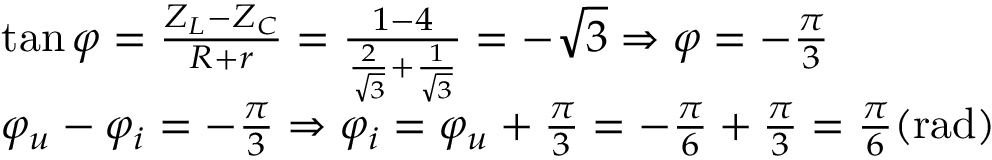
\begin{array} { r l } & { \tan \varphi = \frac { Z _ { L } - Z _ { C } } { R + r } = \frac { 1 - 4 } { \frac { 2 } { \sqrt { 3 } } + \frac { 1 } { \sqrt { 3 } } } = - \sqrt { 3 } \Rightarrow \varphi = - \frac { \pi } { 3 } } \\ & { \varphi _ { u } - \varphi _ { i } = - \frac { \pi } { 3 } \Rightarrow \varphi _ { i } = \varphi _ { u } + \frac { \pi } { 3 } = - \frac { \pi } { 6 } + \frac { \pi } { 3 } = \frac { \pi } { 6 } ( \mathrm { r a d } ) } \end{array}